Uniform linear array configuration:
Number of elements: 32
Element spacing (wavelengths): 0.5
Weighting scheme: kaiser
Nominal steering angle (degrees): -45
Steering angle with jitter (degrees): -44.355
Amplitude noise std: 0.05
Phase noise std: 0.05

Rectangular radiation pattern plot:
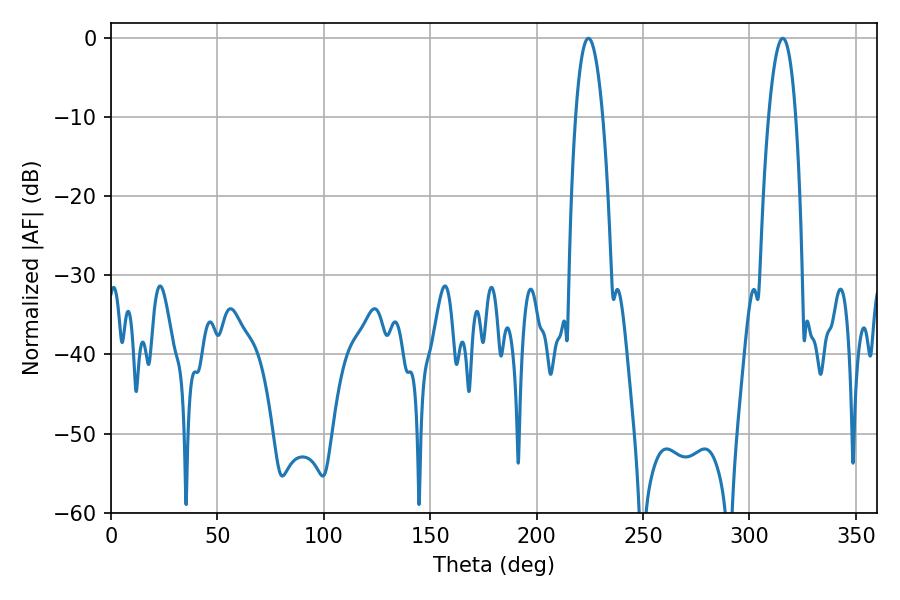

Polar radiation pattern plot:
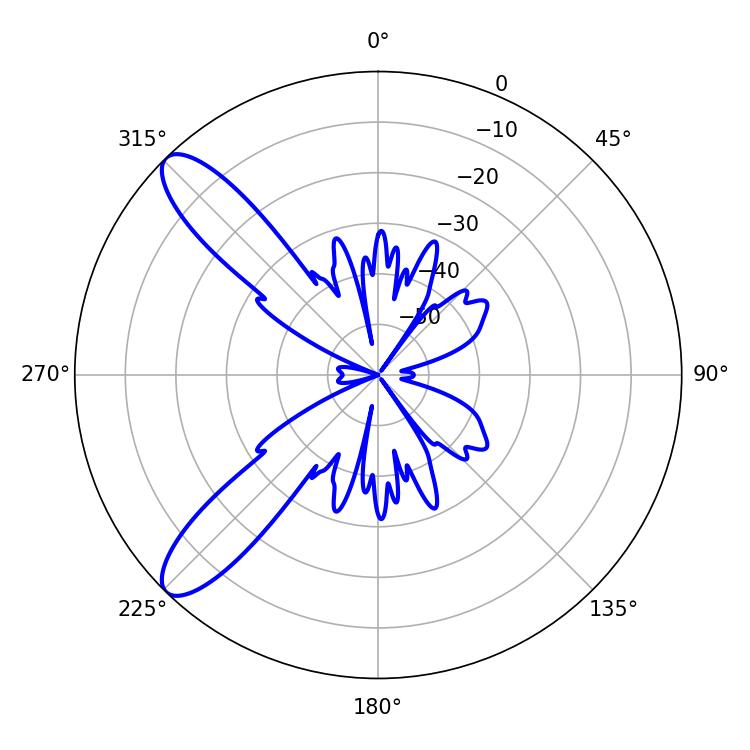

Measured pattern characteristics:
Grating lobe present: FALSE
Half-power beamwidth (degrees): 7.02
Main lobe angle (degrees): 224.28